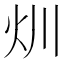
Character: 𤆑